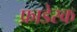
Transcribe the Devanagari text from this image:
फ्राडेस्क